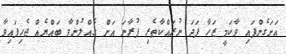
އަށަގެންފައި ވާކަމީ ޒަހާ ފަދަ ނުރައްކާތެރި ފުރާނަ އަށް ގެއްލުންވާ ބައްޔެއް ޖެހިފައިވާ